Annual report of the Civil Veterinary Department, Bengal, for the year 1898-99 - 1898-1899
Year: 1898
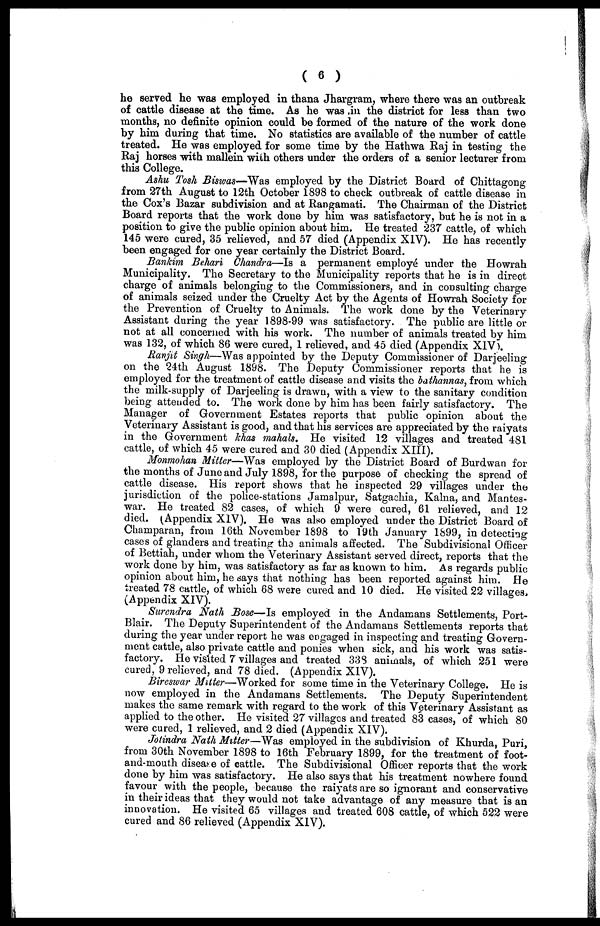
( 6 )
he served he was employed in thana Jhargram, where there was an outbreak
of cattle disease at the time. As he was in the district for less than two
months, no definite opinion could be formed of the nature of the work done
by him during that time. No statistics are available of the number of cattle
treated. He was employed for some time by the Hathwa Raj in testing the
Raj horses with mallein with others under the orders of a senior lecturer from
this College.
Ashu Tosh Biswas—Was employed by the District Board of Chittagong
from 27th August to 12th October 1898 to check outbreak of cattle disease in
the Cox's Bazar subdivision and at Rangamati. The Chairman of the District
Board reports that the work done by him was satisfactory, but he is not in a
position to give the public opinion about him. He treated 237 cattle, of which
145 were cured, 35 relieved, and 57 died (Appendix XIV). He has recently
been engaged for one year certainly the District Board.
Ban/dm Behari Chandra—Is a permanent employe under the Howrah
Municipality. The Secretary to the Municipality reports that he is in direct
charge of animals belonging to the Commissioners, and in consulting charge
of animals seized under the Cruelty Act by the Agents of Howrah Society for
the Prevention of Cruelty to Animals. The work done by the Veterinary
Assistant during the year 1898-99 was satisfactory. The public are little or
not at all concerned with his work. The number of animals treated by him
was 132, of which 86 were cured, 1 relieved, and 45 died (Appendix XIV).
Ranjit Singh—Was appointed by the Deputy Commissioner of Darjeeling
on the 24th August 1898. The Deputy Commissioner reports that he is
employed for the treatment of cattle disease and visits the bathannas, from which
the milk-supply of Darjeeling is drawn, with a view to the sanitary condition
being attended to. The work done by him has been fairly satisfactory. The
Manager of Government Estates reports that public opinion about the
Veterinary Assistant is good, and that his services are appreciated by the raiyats
in the Government khas mahals. He visited 12 villages and treated 481
cattle, of which 45 were cured and 30 died (Appendix XIII).
Monmohan Mitter—Was employed by the District Board of Burdwan for
the months of June and July 1898, for the purpose of checking the spread of
cattle disease. His report shows that he inspected 29 villages under the
jurisdiction of the police-stations Jamalpur, Satgachia, Kalna, and Mantes-
war. He treated 82 cases, of which 9 were cured, 61 relieved, and 12
died. (Appendix XIV). He was also employed under the District Board of
Champaran, from 16th November 1898 to 19th January 1899, in detecting
cases of glanders and treating the animals affected. The Subdivisional Officer
of Bettiah, under whom the Veterinary Assistant served direct, reports that the
work done by him, was satisfactory as far as known to him. As regards public
opinion about him, he says that nothing has been reported against him. He
treated 78 cattle, of which 68 were cured and 10 died. He visited 22 villages,
(Appendix XIV).
Surendra Nath Bose—Is employed in the Andamans Settlements, Port-
Blair. The Deputy Superintendent of the Andamans Settlements reports that
during the year under report he was engaged in inspecting and treating Govern-
ment cattle, also private cattle and ponies when sick, and his work was satis-
factory. He visited 7 villages and treated 338 animals, of which 251 were
cured, 9 relieved, and 78 died. (Appendix XIV).
Bireswar Mitter—Worked for some time in the Veterinary College. He is
now employed in the Andamans Settlements. The Deputy Superintendent
makes the same remark with regard to the work of this Veterinary Assistant as
applied to the other. He visited 27 villages and treated 83 cases, of which 80
were cured, 1 relieved, and 2 died (Appendix XIV).
Jolindra Nath Mitter—Was employed in the subdivision of Khurda, Puri,
from 30th November 1898 to 16th February 1899, for the treatment of foot-
and-mouth disease of cattle. The Subdivisional Officer reports that the work
done by him was satisfactory. He also says that his treatment nowhere found
favour with the people, because the raiyats are so ignorant and conservative
in their ideas that they would not take advantage of any measure that is an
innovation. He visited 65 villages and treated 608 cattle, of which 522 were
cured and 86 relieved (Appendix XIV).